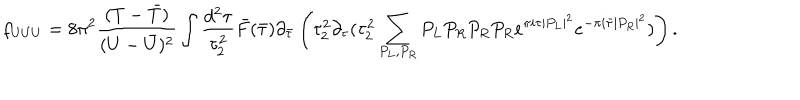
LaTeX: f _ { U U U } = 8 \pi ^ { 2 } \frac { ( T - { \bar { T } } ) } { ( U - { \bar { U } } ) ^ { 2 } } \int \frac { d ^ { 2 } \tau } { \tau _ { 2 } ^ { 2 } } { \bar { F } } ( { \bar { \tau } } ) \partial _ { \bar { \tau } } \left( \tau _ { 2 } ^ { 2 } \partial _ { \tau } ( \tau _ { 2 } ^ { 2 } \sum _ { P _ { L } , P _ { R } } P _ { L } P _ { R } P _ { R } P _ { R } e ^ { \pi i \tau | P _ { L } | ^ { 2 } } e ^ { - \pi i { \bar { \tau } } | P _ { R } | ^ { 2 } } ) \right) .